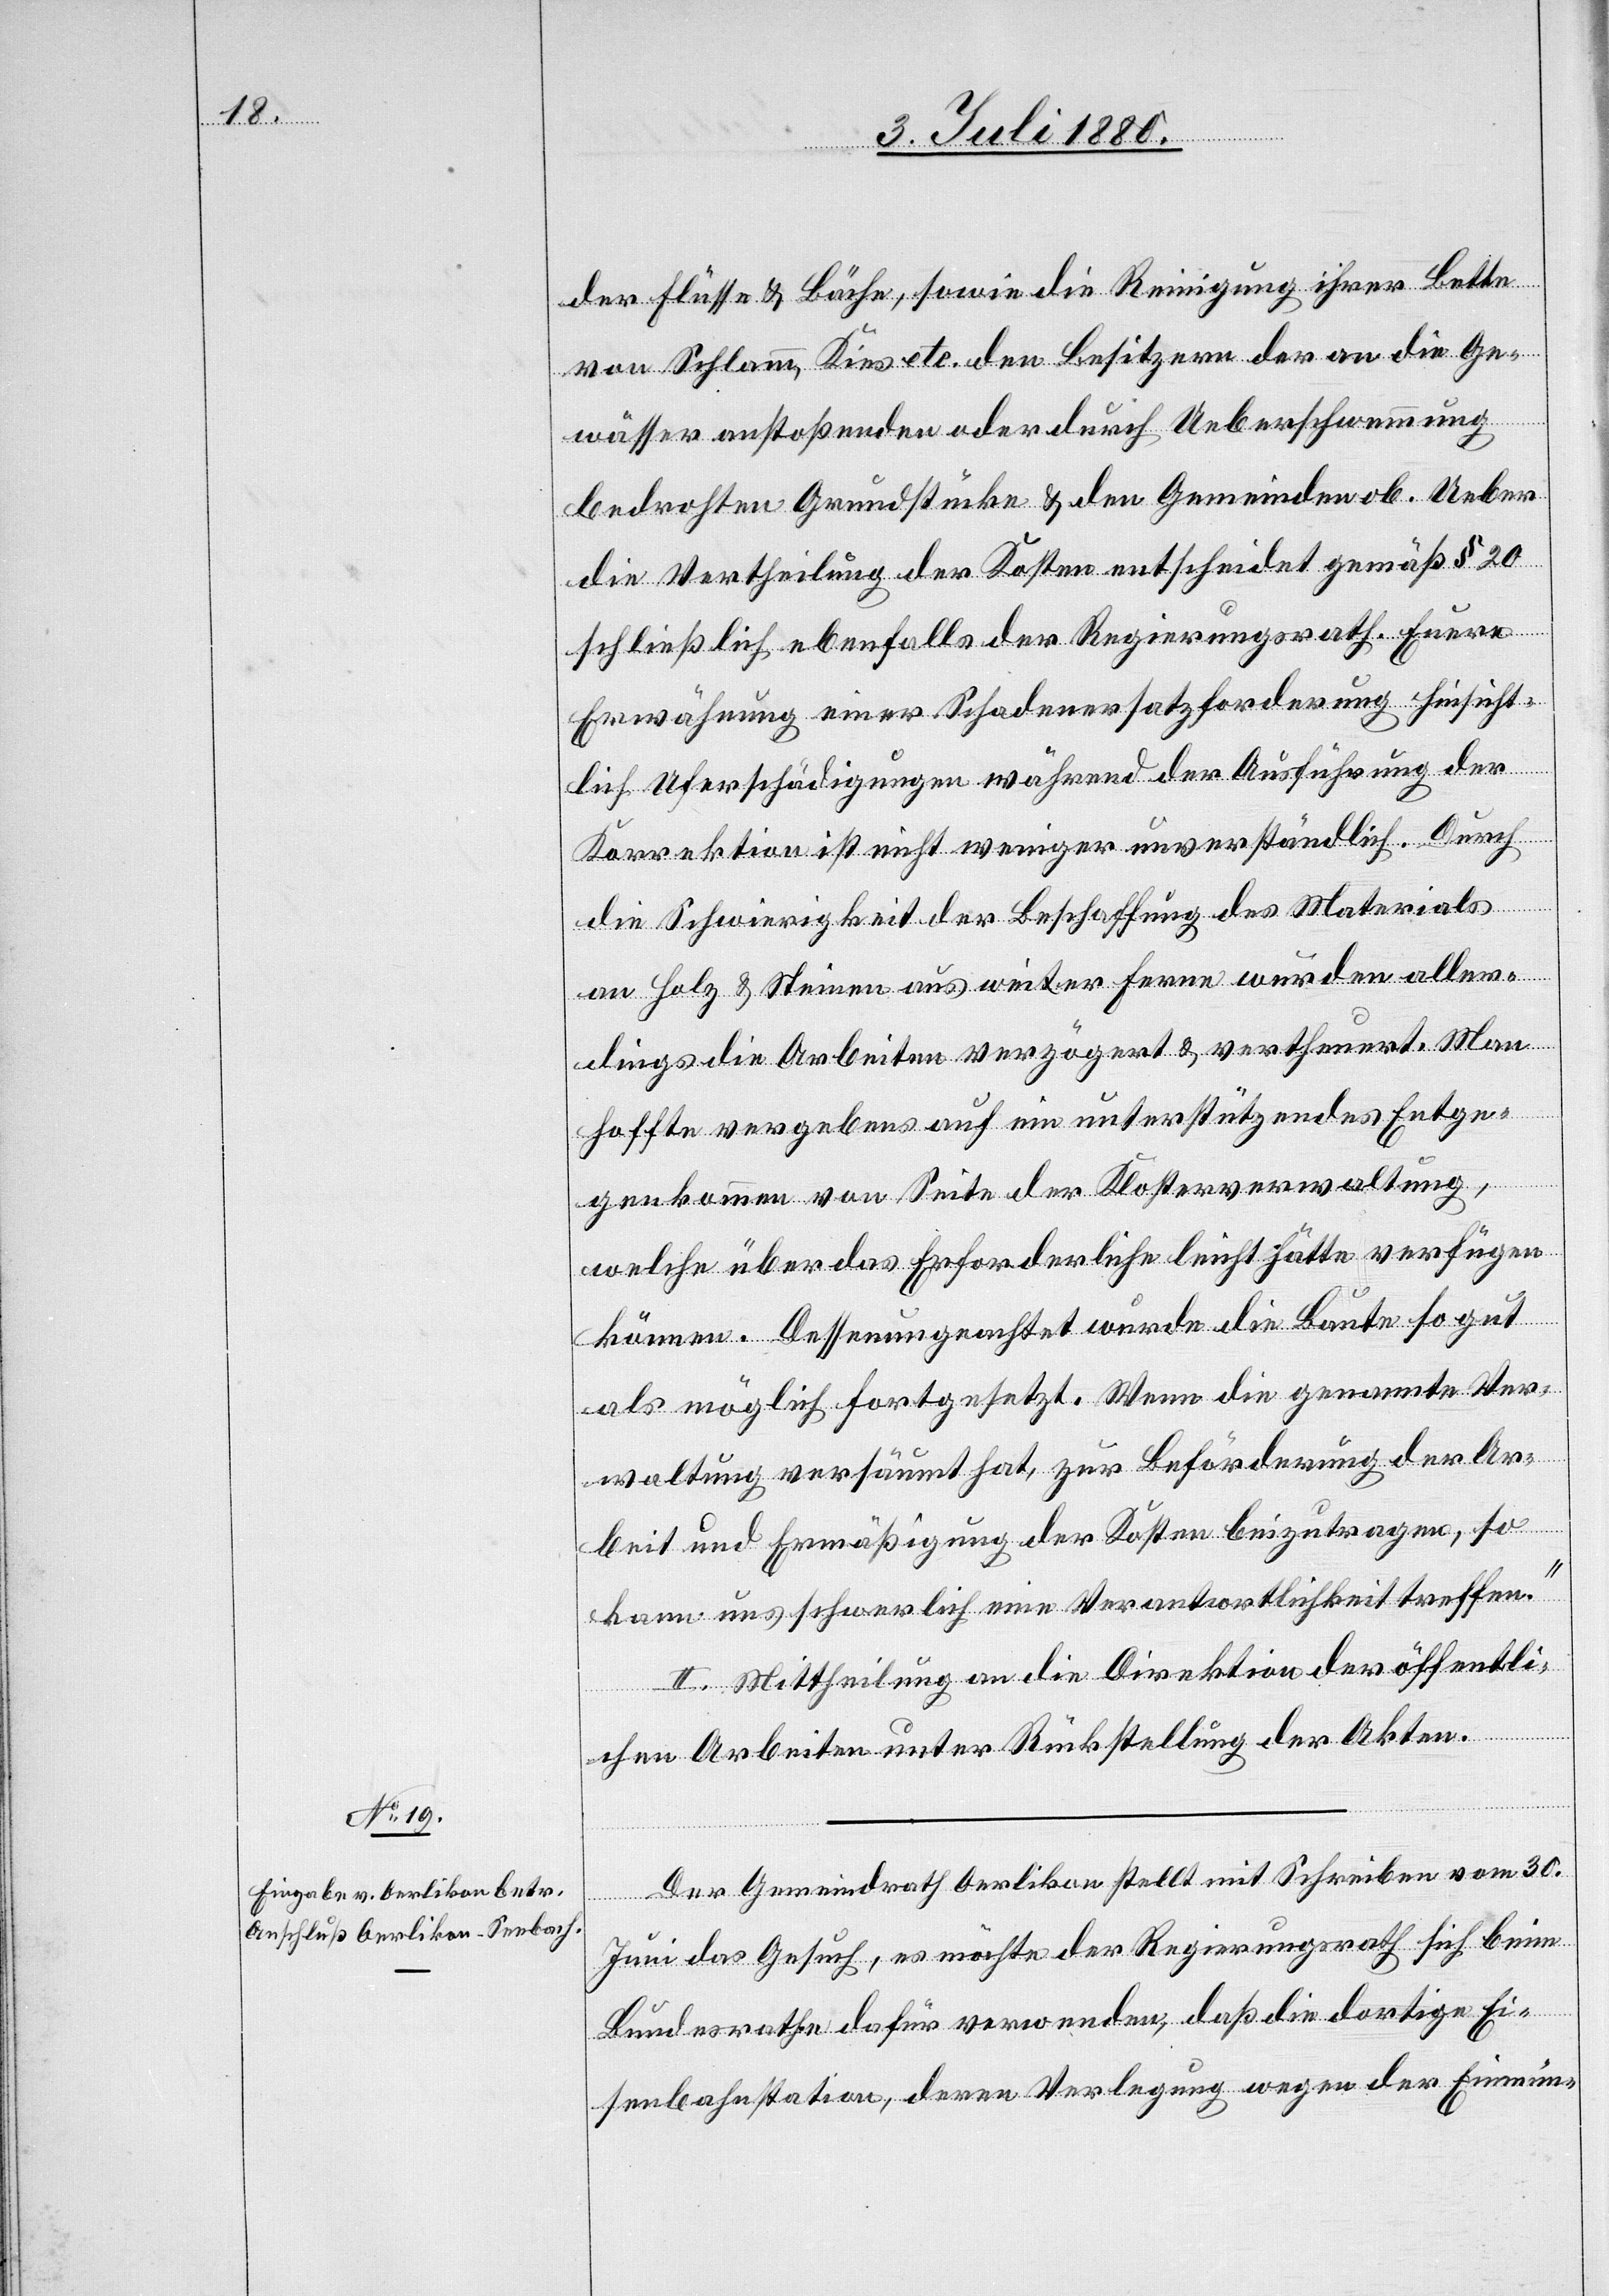
der Flüsse & Bäche, sowie die Reinigung ihrer Bette
von Schlamm, Kies etc. den Besitzern der an die Ge¬
wässer anstoßenden oder durch Ueberschwemmung
bedrohten Grundstücke & den Gemeinden ob. Ueber
die Vertheilung der Kosten entscheidet gemäß § 20
schließlich ebenfalls der Regierungsrath. Euere
Erwähnung einer Schadenersatzforderung hinsicht¬
lich Uferschädigungen während der Ausführung der
Korrektion ist nicht weniger unverständlich. Durch
die Schwierigkeit der Beschaffung des Materials
an Holz & Steinen aus weiter Ferne wurden aller¬
dings die Arbeiten verzögert & vertheuert. Man
hoffte vergebens auf ein unterstützendes Entge¬
genkommen von Seite der Klosterverwaltung,
welche über das Erforderliche leicht hätte verfügen
können. Dessenungeachtet wurde die Baute so gut
als möglich fortgesetzt. Wenn die genannte Ver¬
waltung versäumt hat, zur Beförderung der Ar¬
beit und Ermäßigung der Kosten beizutragen, so
kann uns schwerlich eine Verantwortlichkeit treffen.“
II. Mittheilung an die Direktion der öffentli¬
chen Arbeiten unter Rückstellung der Akten.
Der Gemeindrath Oerlikon stellt mit Schreiben vom 30.
Juni das Gesuch, es möchte der Regierungsrath sich beim
Bundesrathe dafür verwenden, daß die dortige Ei¬
senbahnstation, deren Verlegung wegen der Einmün-